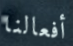
أفعالنا